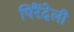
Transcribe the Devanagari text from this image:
पिरैंदेली